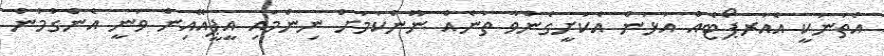
އެތަނަކީ އެއަރޕޯޓެއް އަޅަން އެކަށީގެންވާ ތަނެއް ނޫންކަމަށް ނިންމައި އީޕީއޭއިން ވަނީ އެންގުމުން